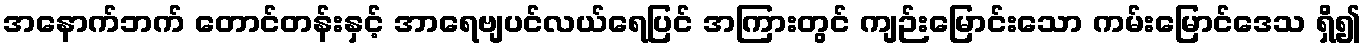
အနောက်ဘက် တောင်တန်းနှင့် အာရေဗျပင်လယ်ရေပြင် အကြားတွင် ကျဉ်းမြောင်းသော ကမ်းမြောင်ဒေသ ရှိ၍